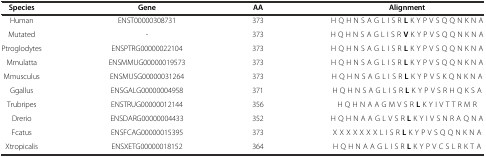
| Species | Gene | AA | Alignment |
 | --- | --- | --- | --- |
 | Human | ENST00000308731 | 373 | H Q H N S A G L I S R L K Y P V S Q Q N K N A |
 | Mutated | - | 373 | H Q H N S A G L I S R V K Y P V S Q Q N K N A |
 | Ptroglodytes | ENSPTRG00000022104 | 373 | H Q H N S A G L I S R L K Y P V S Q Q N K N A |
 | Mmulatta | ENSMMUG00000019573 | 373 | H Q H N S A G L I S R L K Y P V S Q Q N K N A |
 | Mmusculus | ENSMUSG00000031264 | 373 | H Q H N S A G L I S R L K Y P V S K Q N K N A |
 | Ggallus | ENSGALG00000004958 | 371 | H Q H N S A G L I S R L K Y P V S R H Q K S A |
 | Trubripes | ENSTRUG00000012144 | 356 | H Q H N A A G M V S R L K Y I V T T R M R |
 | Drerio | ENSDARG00000004433 | 352 | H Q H N A A G L V S R L K Y I V S N R A Q N A |
 | Fcatus | ENSFCAG00000015395 | 373 | X X X X X X X L I S R L K Y P V S Q Q N K N A |
 | Xtropicalis | ENSXETG00000018152 | 364 | H Q H N A A G L I S R L K Y P V C S L R K T A |